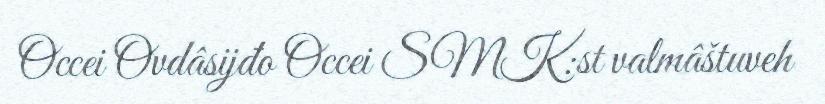
Occei Ovdâsijđo Occei SMK:st valmâštuveh